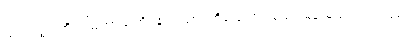
ယံ ဣတ္ထိံ၊ ကို။ ဩဘာသတိ၊ ၏။ သာ၊ ထိုပြောအပ်သော မိန်းမသည်။ သစေ